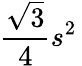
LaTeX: {\frac{\sqrt{3}}{4}}s^{2}\,